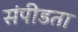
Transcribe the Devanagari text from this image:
संपीडता